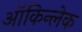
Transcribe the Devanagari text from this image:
ऑकिन्लेक